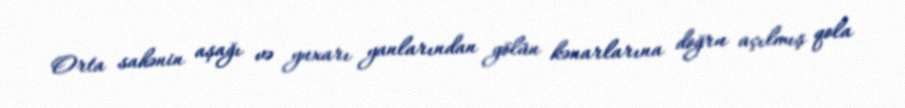
Orta sahənin aşağı və yuxarı yanlarından gölün kənarlarına doğru açılmış qola